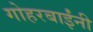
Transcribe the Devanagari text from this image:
गोहरबाईंनी